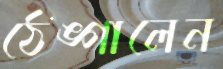
ঠেঙ্গালেন